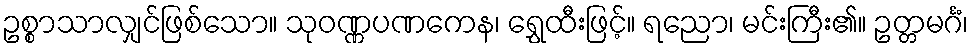
ဥစ္စာသာလျှင်ဖြစ်သော။ သုဝဏ္ဏပဏကေန၊ ရွှေထီးဖြင့်။ ရညော၊ မင်းကြီး၏။ ဥတ္တမင်္ဂံ၊